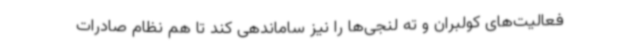
فعالیت‌های کولبران و ته لنجی‌ها را نیز ساماندهی کند تا هم نظام صادرات